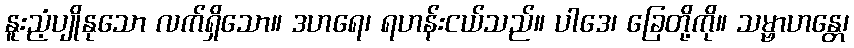
နူးညံ့ပျိုနုသော လက်ရှိသော။ ဒဟရေ၊ ရဟန်းငယ်သည်။ ပါဒေ၊ ခြေတို့ကို။ သမ္ဗာဟန္တေ၊